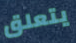
يتعلق